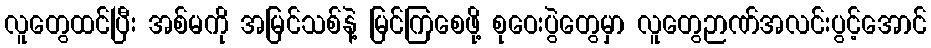
လူတွေထင်ပြီး အစ်မကို အမြင်သစ်နဲ့ မြင်ကြစေဖို့ စုဝေးပွဲတွေမှာ လူတွေဉာဏ်အလင်းပွင့်အောင်